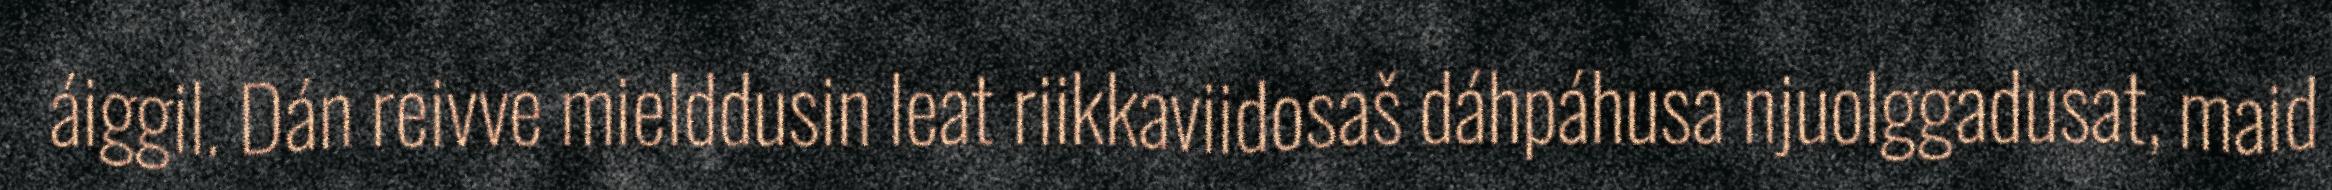
áiggil. Dán reivve mielddusin leat riikkaviidosaš dáhpáhusa njuolggadusat, maid